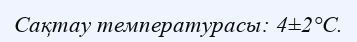
Сақтау температурасы: 4±2°С.